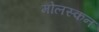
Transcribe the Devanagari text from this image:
मोलस्कन